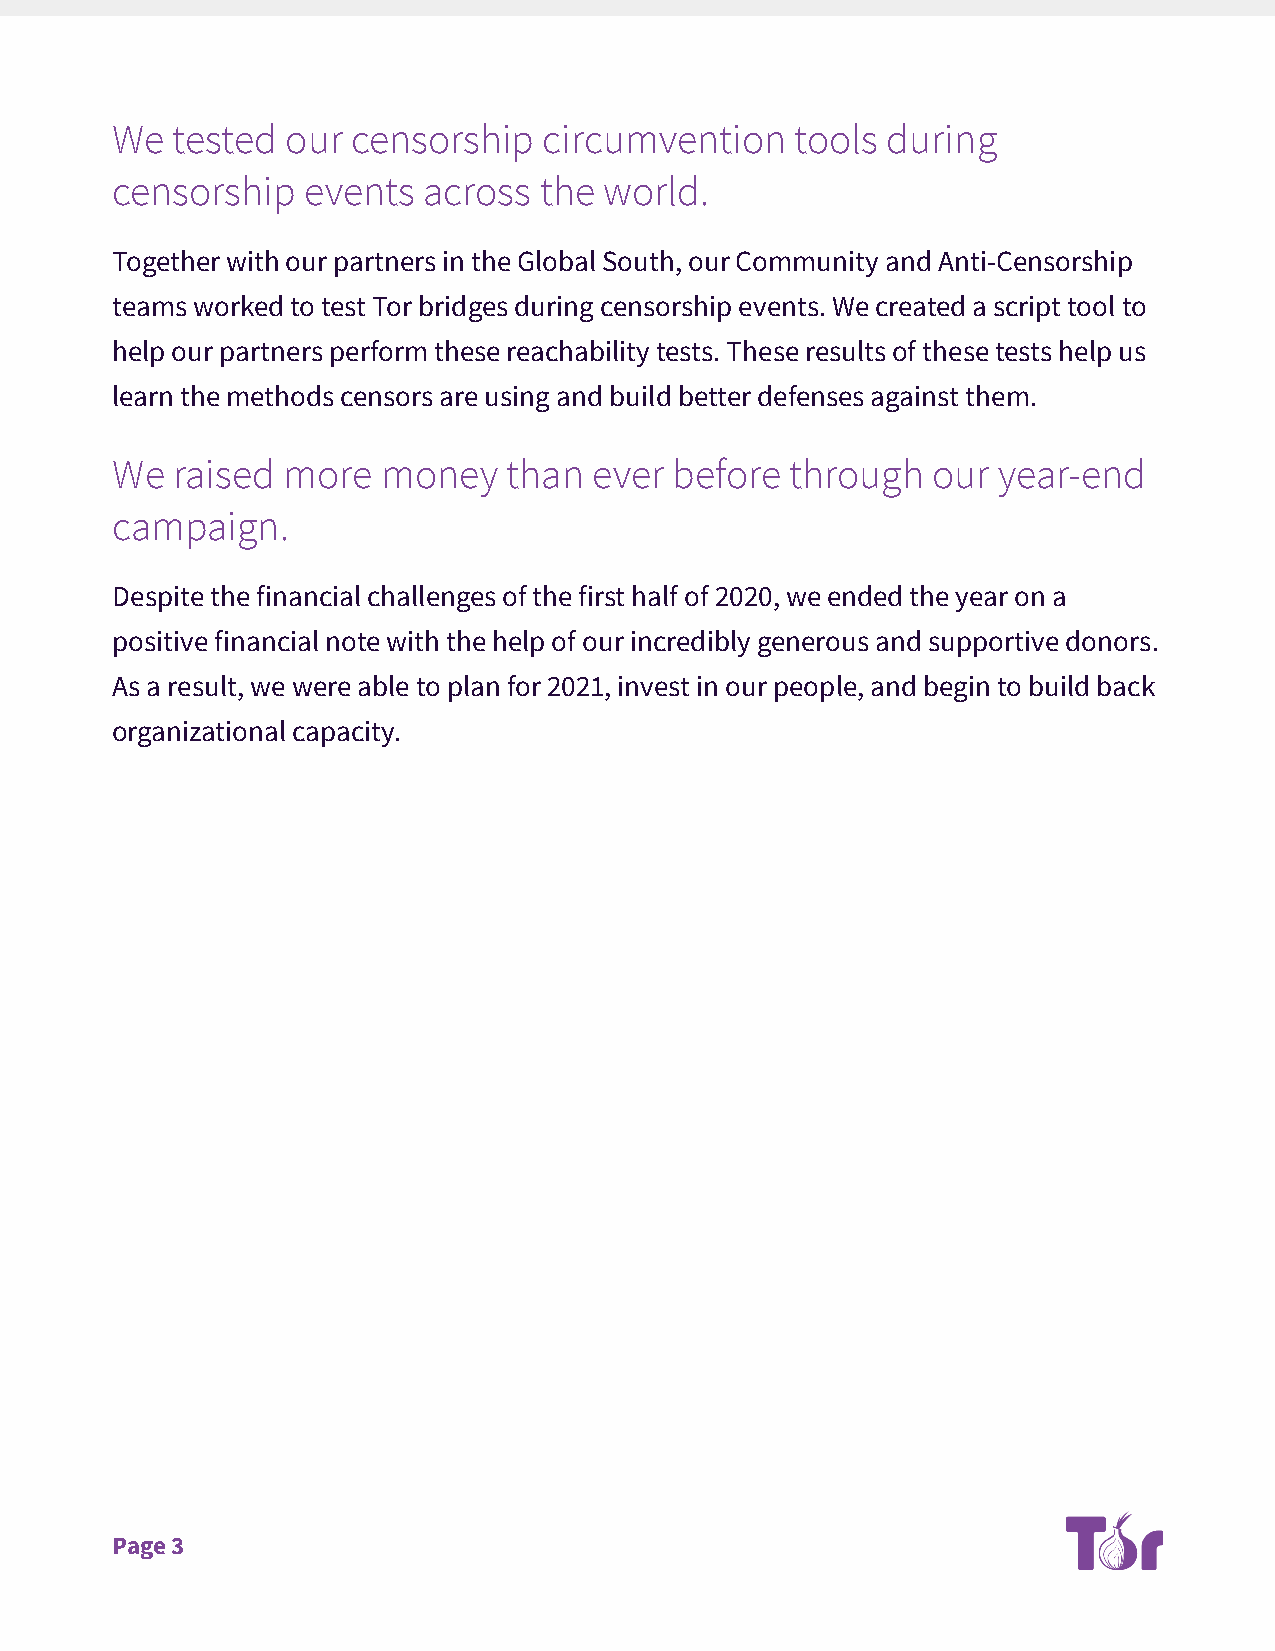
We  tested  our censorship   circumvention    tools during
 censorship   events  across  the world.
 Together with our partners in the Global South, our Community and Anti-Censorship
 teams worked to test Tor bridges during censorship events. We created a script tool to
 help our partners perform these reachability tests. These results of these tests help us
 learn the methods censors are using and build better defenses against them.
 We  raised  more  money    than ever  before through   our year-end
 campaign.
 Despite the financial challenges of the first half of 2020, we ended the year on a
 positive financial note with the help of our incredibly generous and supportive donors.
 As a result, we were able to plan for 2021, invest in our people, and begin to build back
 organizational capacity.
 Page 3